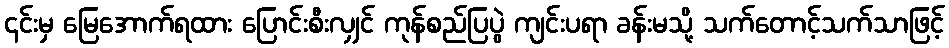
၎င်းမှ မြေအောက်ရထား ပြောင်းစီးလျှင် ကုန်စည်ပြပွဲ ကျင်းပရာ ခန်းမသို့ သက်တောင့်သက်သာဖြင့်